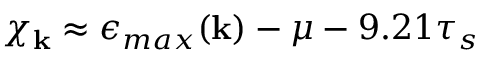
\chi _ { \bf k } \approx \epsilon _ { m a x } ( { \bf k } ) - \mu - 9 . 2 1 \tau _ { s }